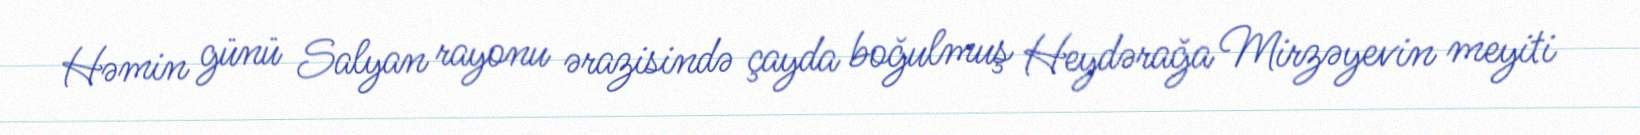
Həmin günü Salyan rayonu ərazisində çayda boğulmuş Heydərağa Mirzəyevin meyiti